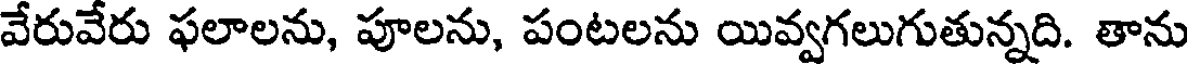
వేరువేరు ఫలాలను, పూలను, పంటలను యివ్వగలుగుతున్నది. తాను